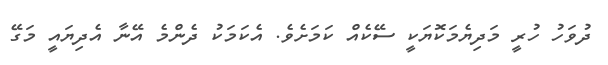
ދުވަހު ހުރީ މަދިޔެމަކޮޔަކީ ސޭކެއް ކަމަށެވެ. އެކަމަކު ދެންމެ އޭނާ އެދިޔައީ މަގޭ